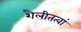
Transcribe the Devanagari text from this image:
शैलीतत्वां